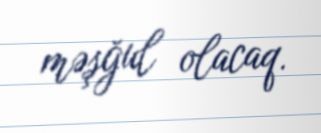
məşğul olacaq.